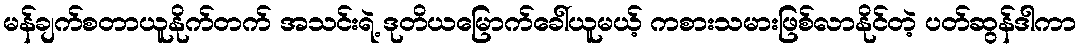
မန်ချက်စတာယူနိုက်တက် အသင်းရဲ့ ဒုတိယမြောက်ခေါ်ယူမယ့် ကစားသမားဖြစ်လာနိုင်တဲ့ ပတ်ဆွန်ဒါကာ